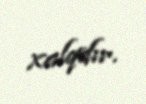
xalqdır.